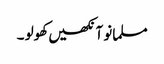
مسلمانو آنکھیں کھولو ۔